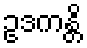
ဥဒကန္တိ